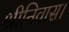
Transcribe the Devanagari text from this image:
श्रीनिवास।